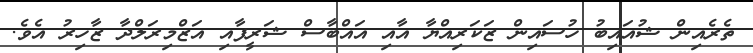
ތެރެއިން ޝުއައިބު ހުސައިން ޒަކަރިއްޔާ އާއި އައްބާސް ޝަރީފާއި އަޒްމިރަލްދާ ޒާހިރު އެވެ.